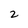
Character: 2